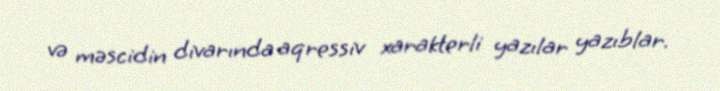
və məscidin divarında aqressiv xarakterli yazılar yazıblar.